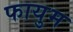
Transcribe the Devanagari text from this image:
फायुम